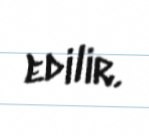
edilir.